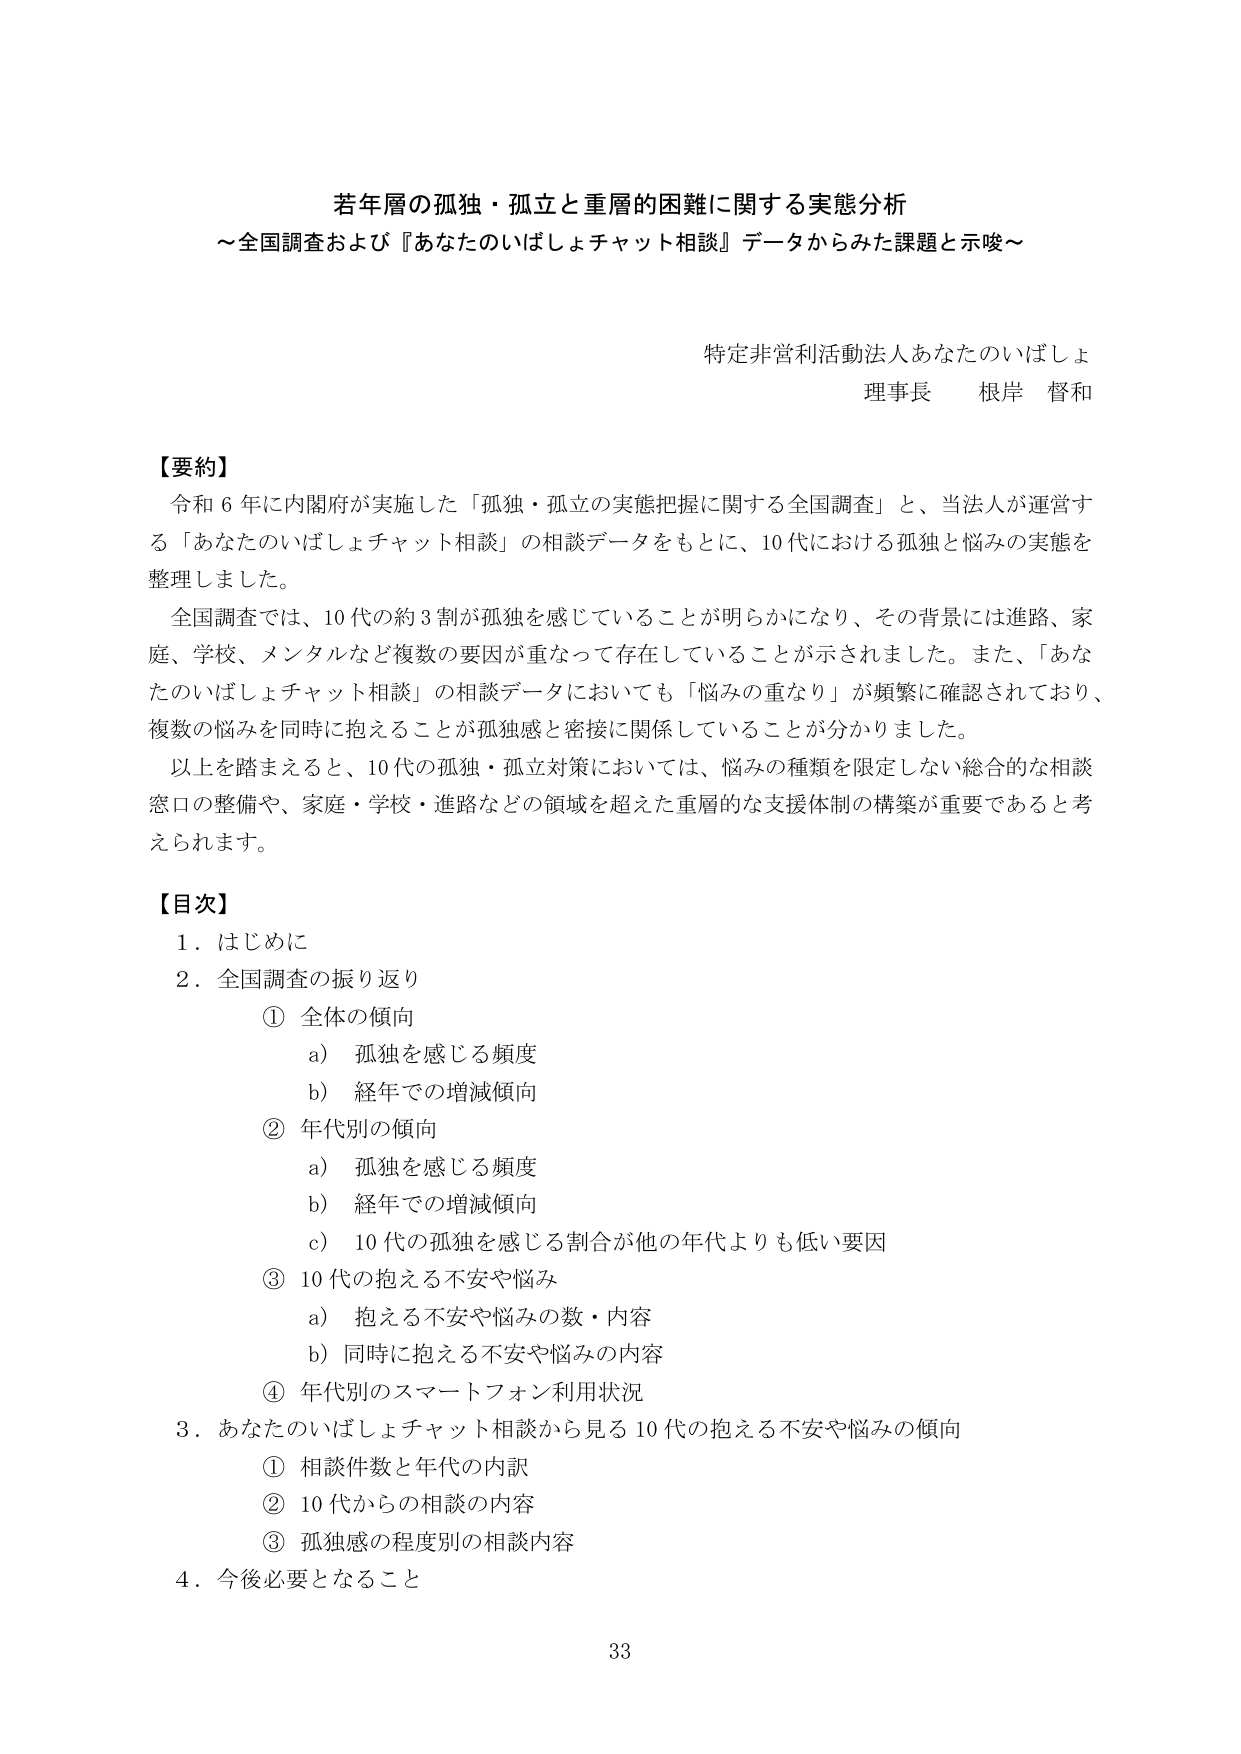
若年層の孤独・孤立と重層的困難に関する実態分析
～全国調査および『あなたのいばしょチャット相談』データからみた課題と示唆～

特定非営利活動法人あなたのいばしょ
理事長 根岸 督和

【要約】
令和６年に内閣府が実施した「孤独・孤立の実態把握に関する全国調査」と、当法人が運営する「あなたのいばしょチャット相談」の相談データをもとに、10代における孤独と悩みの実態を整理しました。
全国調査では、10代の約３割が孤独を感じていることが明らかになり、その背景には進路、家庭、学校、メンタルなど複数の要因が重なって存在していることが示されました。また、「あなたのいばしょチャット相談」の相談データにおいても「悩みの重なり」が頻繁に確認されており、複数の悩みを同時に抱えることが孤独感と密接に関係していることが分かりました。
以上を踏まえると、10代の孤独・孤立対策においては、悩みの種類を限定しない総合的な相談窓口の整備や、家庭・学校・進路などの領域を超えた重層的な支援体制の構築が重要であると考えられます。

【目次】
１．はじめに
２．全国調査の振り返り
　① 全体の傾向
　　a）孤独を感じる頻度
　　b）経年での増減傾向
　② 年代別の傾向
　　a）孤独を感じる頻度
　　b）経年での増減傾向
　　c）10代の孤独を感じる割合が他の年代よりも低い要因
　③ 10代の抱える不安や悩み
　　a）抱える不安や悩みの数・内容
　　b）同時に抱える不安や悩みの内容
　④ 年代別のスマートフォン利用状況
３．あなたのいばしょチャット相談から見る10代の抱える不安や悩みの傾向
　① 相談件数と年代の内訳
　② 10代からの相談の内容
　③ 孤独感の程度別の相談内容
４．今後必要となること

33